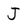
Character: J